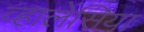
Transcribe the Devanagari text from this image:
व्हालेंसिया